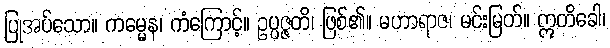
ပြုအပ်သော။ ကမ္မေန၊ ကံကြောင့်။ ဥပ္ပဇ္ဇတိ၊ ဖြစ်၏။ မဟာရာဇ၊ မင်းမြတ်။ ဣတိခေါ၊